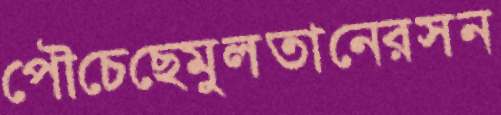
পৌচেছেমুলতানেরসন